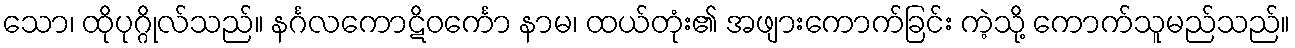
သော၊ ထိုပုဂ္ဂိုလ်သည်။ နင်္ဂလကောဋိဝင်္ကော နာမ၊ ထယ်တုံး၏ အဖျားကောက်ခြင်း ကဲ့သို့ ကောက်သူမည်သည်။